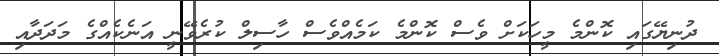
ދުނިޔޭގައި ކޮންމެ މީހަކަށް ވެސް ކޮންމެ ކަމެއްވެސް ހާސިލް ކުރެވޭނީ އަނެކެއްގެ މަދަދާއި